Riigikantselei, lk 49
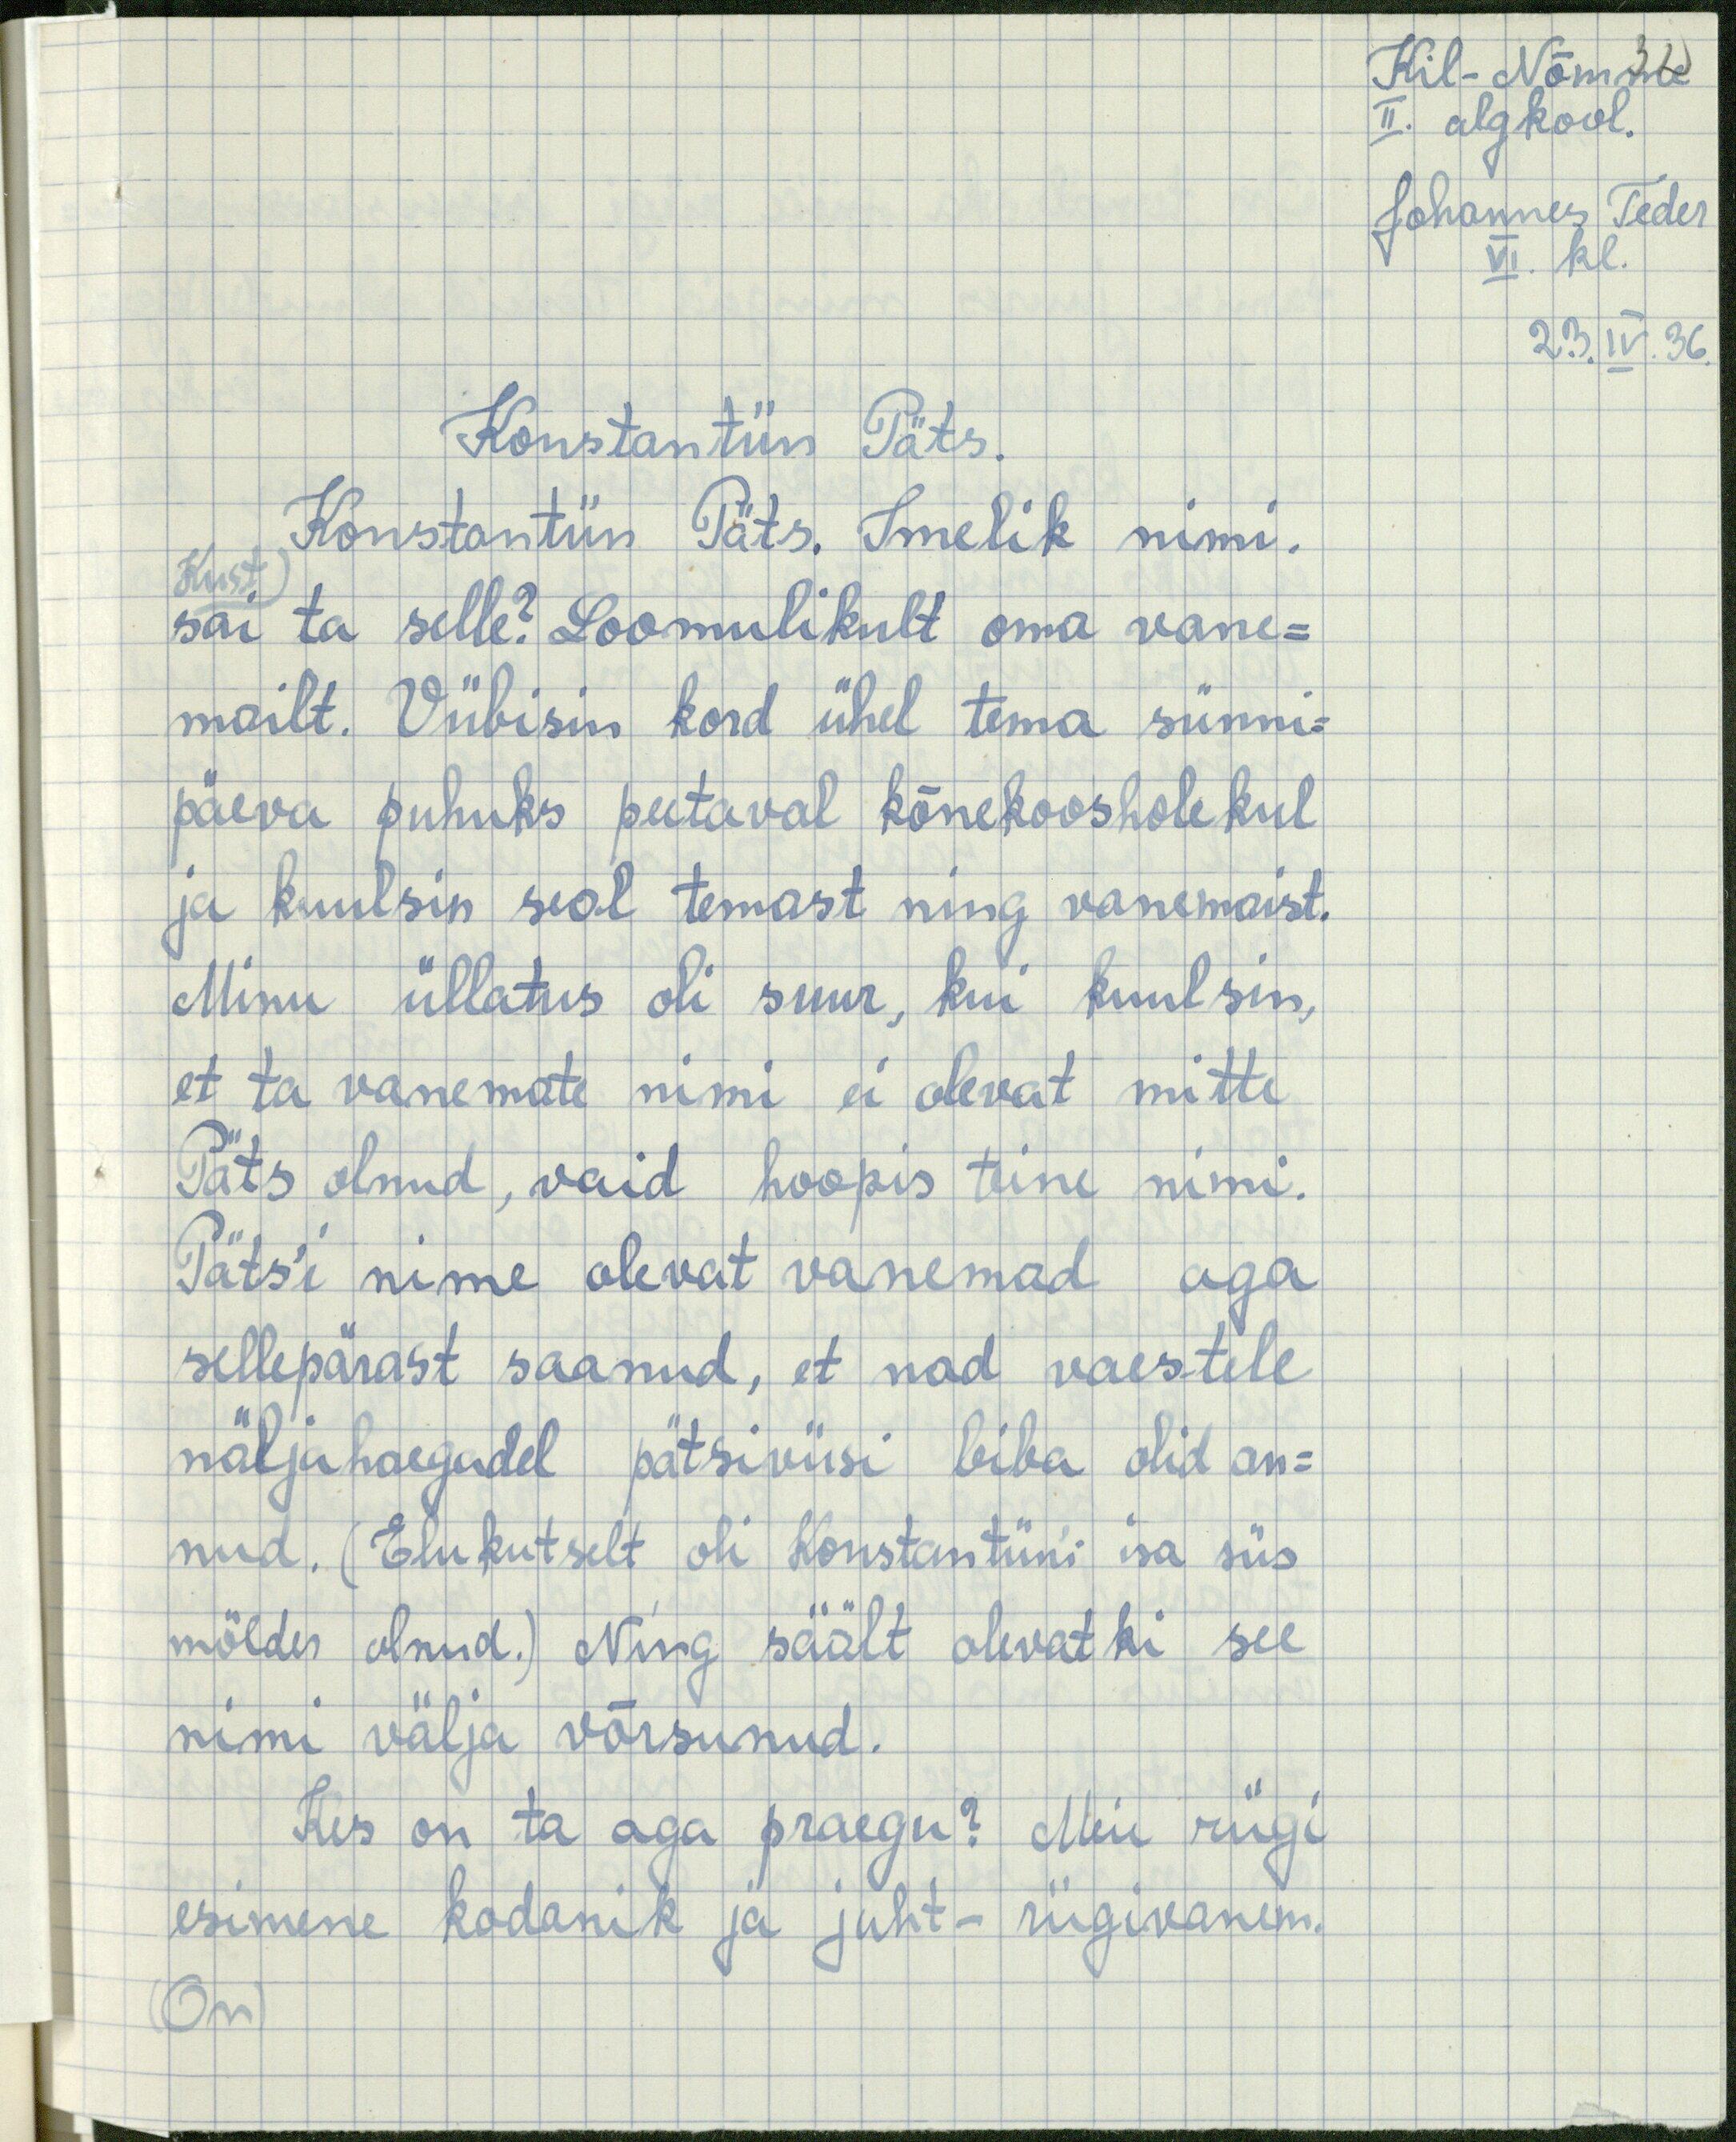
Kil-Nõmme
II. algkool.
Johannes Teder
VI. kl.
23.IV.36

Konstantiin Päts.
sai ta selle? Loomulikult oma vane-
Kust
mailt. Viibisin kord ühel tema sünni-
päeva puhuks peetaval kõnekoosholekul
ja kuulsin seal temast ning vanemaist.
Minu üllatus oli suur, kui kuulsin,
et ta vanemate nimi ei olevat mitte
Päts olnud, vaid hoopis teine nimi.
Pätsi nime olevat vanemad aga
sellepärast saanud, et nad vaestele
näljahaegadel pätsiviisi biba olid an-
nud. (Elukutselt oli Konstantiini isa siis
mölder olnud.) Ning säält olevatki see
nimi välja võrsunud.
Kes on ta aga praegu? Meie riigi
esimene kodanik ja juht - riigivanem.
(On)